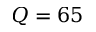
Q = 6 5